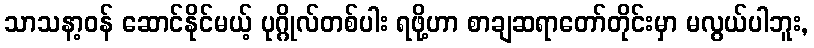
သာသနာ့ဝန် ဆောင်နိုင်မယ့် ပုဂ္ဂိုလ်တစ်ပါး ရဖို့ဟာ စာချဆရာတော်တိုင်းမှာ မလွယ်ပါဘူး,